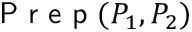
\textsf { P r e p } ( P _ { 1 } , P _ { 2 } )